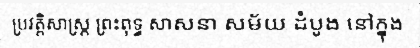
ប្រវត្តិសាស្ត្រ ព្រះពុទ្ធ សាសនា សម័យ ដំបូង នៅក្នុង